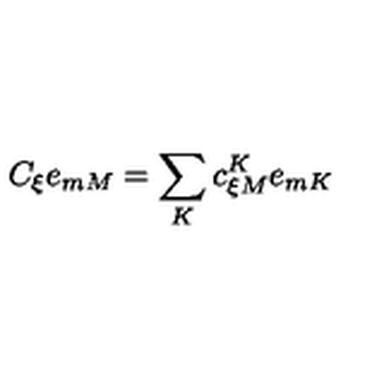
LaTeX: C _ { \xi } e _ { m M } = \sum _ { K } c _ { \xi M } ^ { K } e _ { m K }